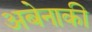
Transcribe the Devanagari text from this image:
अबेनाकी